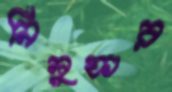
নিলুফার